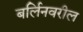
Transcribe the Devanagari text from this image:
बर्लिनवरील